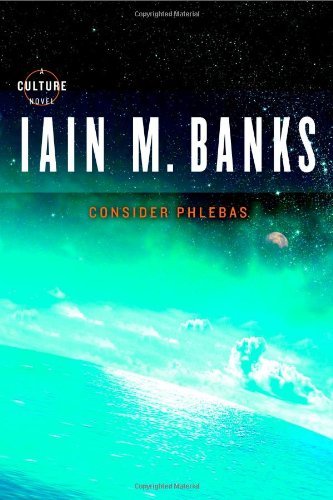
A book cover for Consider Phlebas (Culture); Iain M. Banks; Science Fiction & Fantasy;